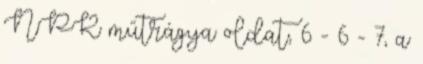
NPK műtrágya oldat, 6 - 6 - 7, a